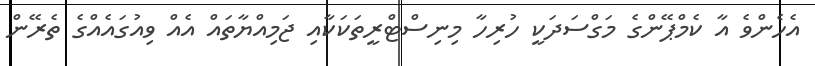
އެހެންވެ އާ ކެމްޕޭންގެ މަގްސަަދަކީ ހުރިހާ މިނިސްޓްރީތަކަކާއި ޖަމިއްޔާތައް އެއް ވިއުގައެއްގެ ތެރޭން